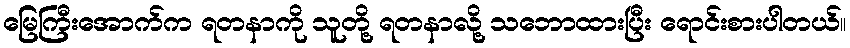
မြေကြီးအောက်က ရတနာကို သူတို့ ရတနာလို့ သဘောထားပြီး ရောင်းစားပါတယ်။